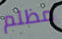
مظلم